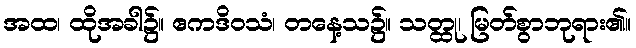
အထ၊ ထိုအခါ၌။ ဧကဒိဝသံ၊ တနေ့သ၌။ သတ္ထု၊ မြတ်စွာဘုရား၏။